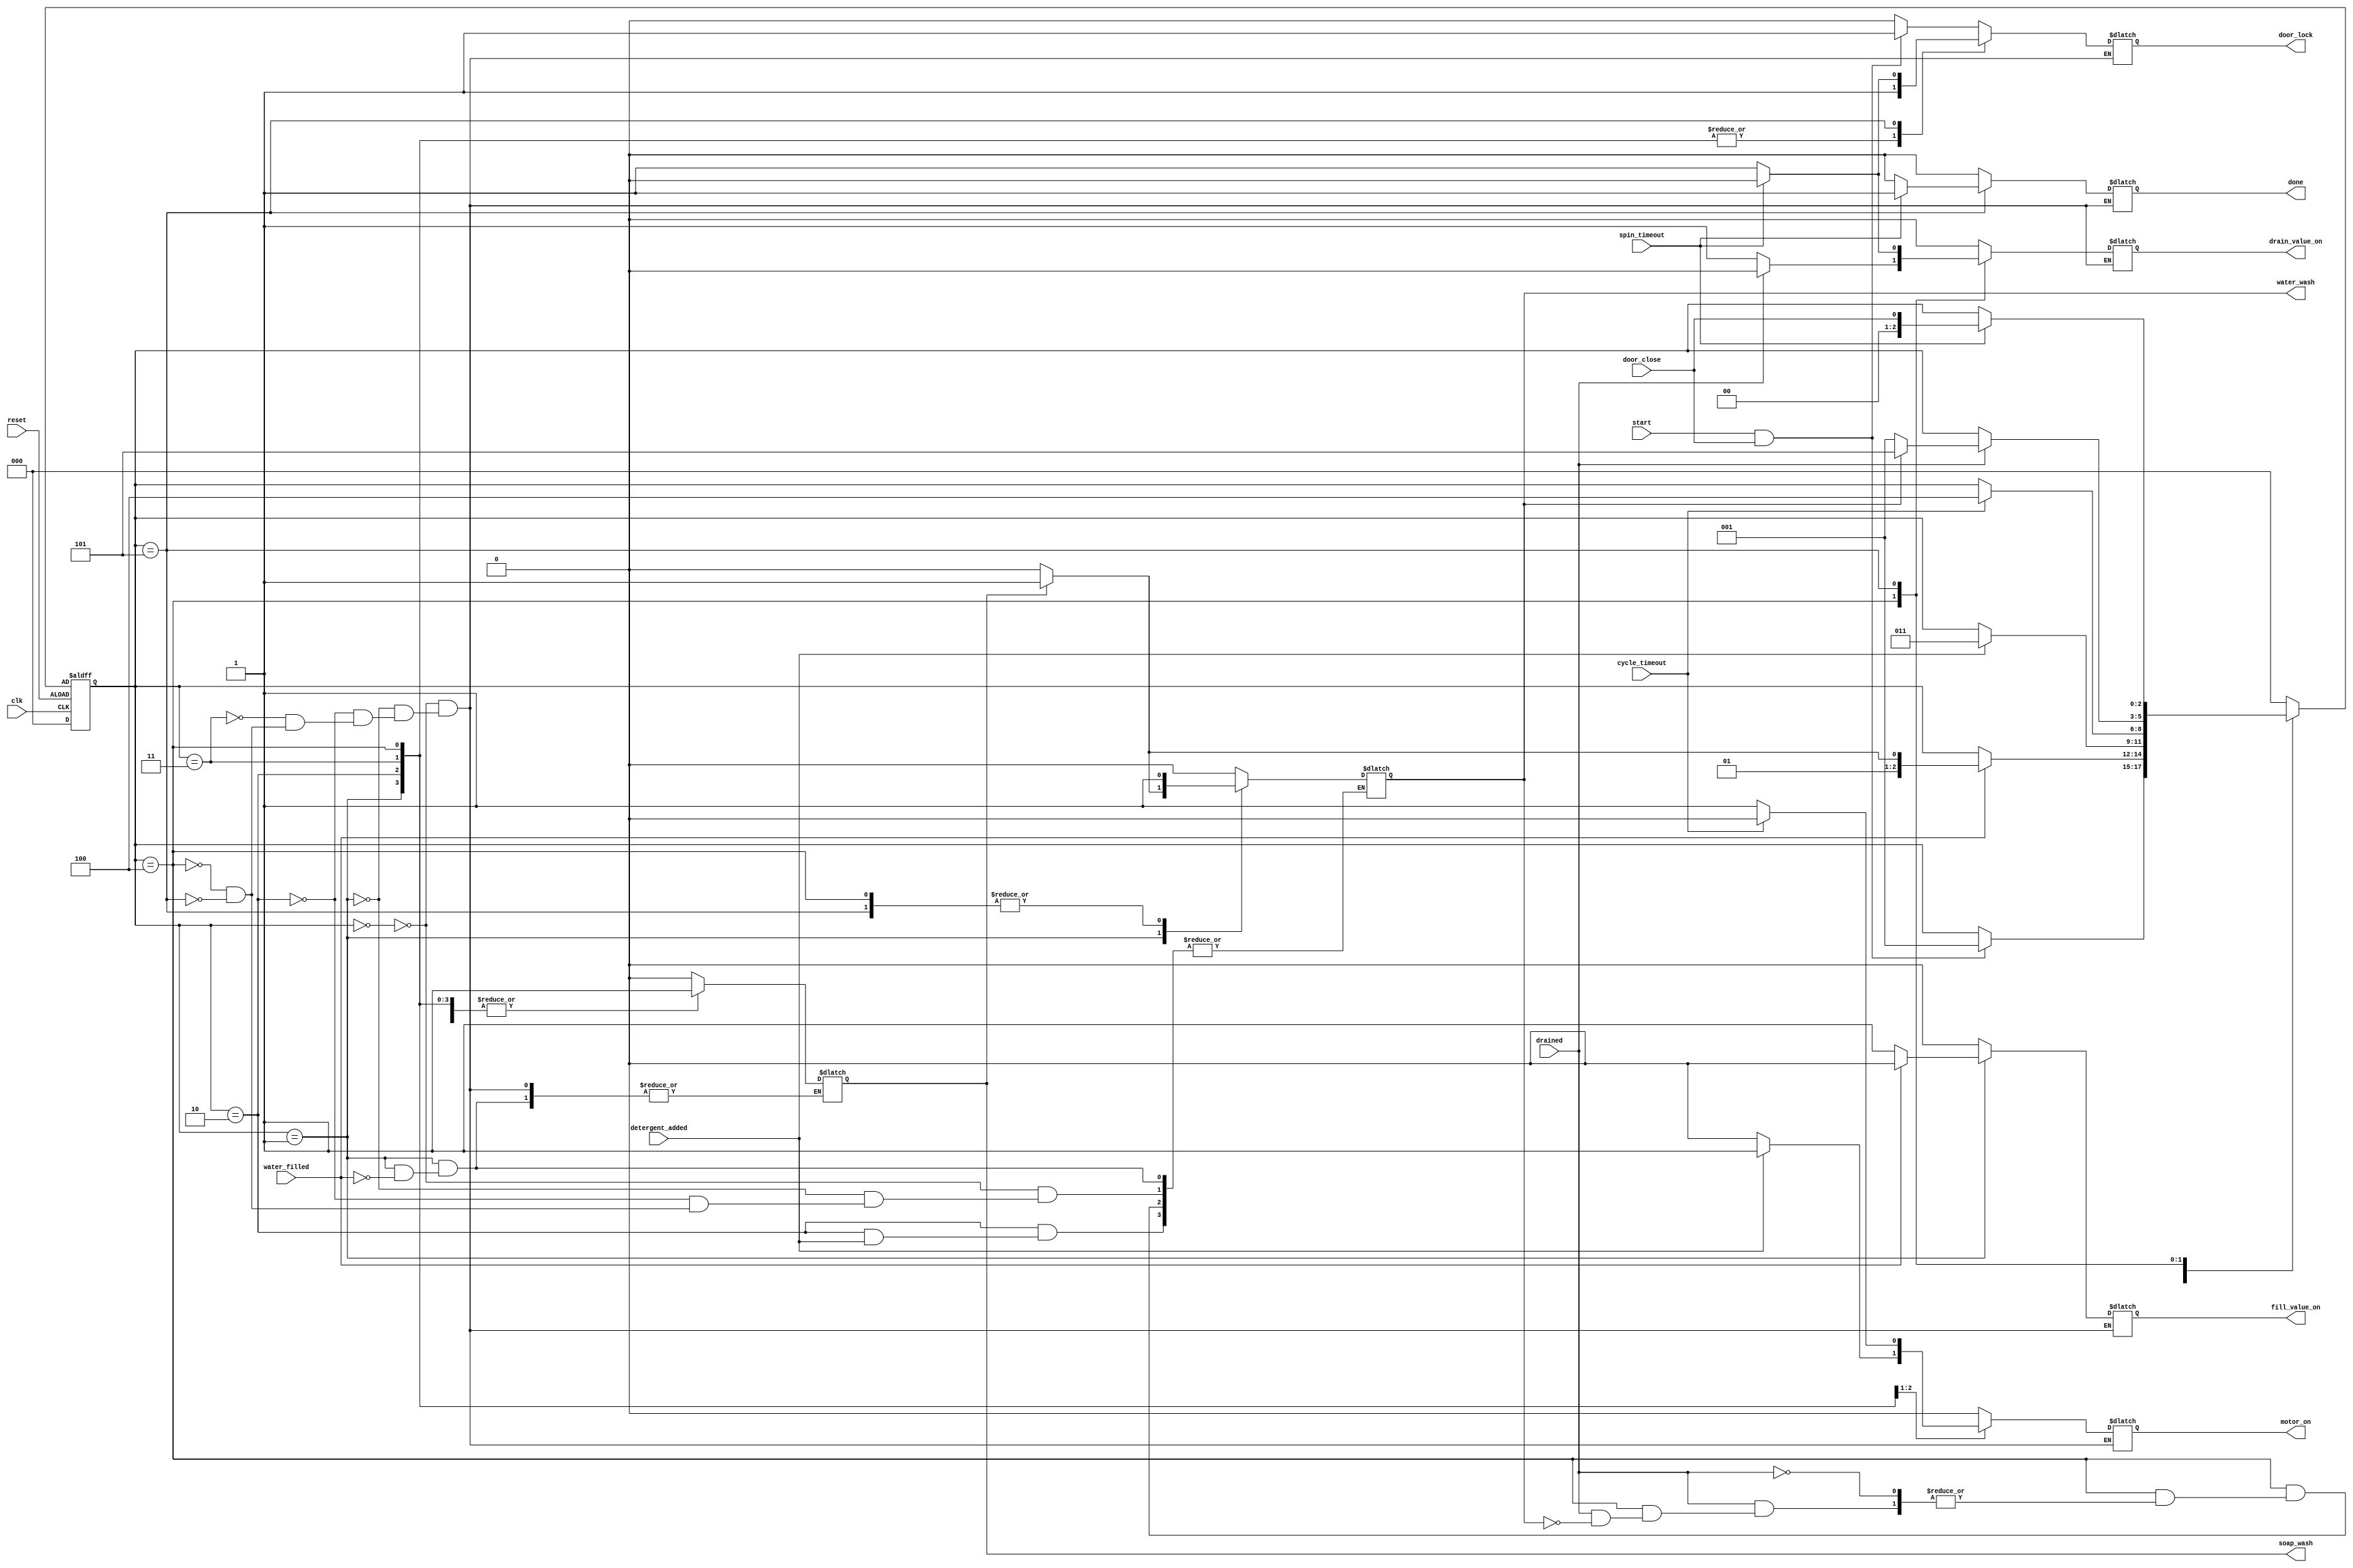
// Code your design here
// Code your design here
// Code your design here
module automatic_washing_machine(
  input reset,clk, door_close, start, water_filled, detergent_added, cycle_timeout, drained, spin_timeout, 
  output reg door_lock, fill_value_on, soap_wash,motor_on, drain_value_on, water_wash, done); 
	
	//defining the states
	parameter check_door = 3'b000;
	parameter fill_water = 3'b001;
	parameter add_detergent =3'b010;
	parameter cycle = 3'b011;
	parameter drain_water = 3'b100;
	parameter spin = 3'b101;
	
	reg[2:0] current_state, next_state;
	
  always@(current_state or start or door_close or water_filled or detergent_added or drained or cycle_timeout or spin_timeout)
	begin
	case(current_state)
		check_door:
          if(start==1 && door_close==1)//means door_lock and fill water
			begin
				next_state = fill_water;
				motor_on = 0;
				fill_value_on = 0;
				drain_value_on = 0;
				door_lock = 1;
				soap_wash = 0;
				water_wash = 0;
				done = 0;
			end
			else  //else remains in same state
			begin
				next_state = current_state;
				motor_on = 0;
				fill_value_on = 0;
				drain_value_on = 0;
				door_lock = 0;
				soap_wash = 0;
				water_wash = 0;
				done = 0;
			end
			
      
			fill_water:
              if (water_filled==1)//if water is filled next state either adding  detergent or cycle based on soap_wash
				begin
                  if(soap_wash == 0) //if clothes are not washed by detergent than next state be add detergent else water wash takes place
                    begin
					next_state = add_detergent;
					motor_on = 0;
					fill_value_on = 0;
					drain_value_on = 0;
					door_lock = 1;
					soap_wash = 1;
					water_wash = 0;
					done = 0;
				    end
			      else
				    begin
					next_state = cycle;
					motor_on = 0;
					fill_value_on = 0;
					drain_value_on = 0;
					door_lock = 1;
					soap_wash = 1;
					water_wash = 1;
					done = 0;
				    end
                end
			 else
			   begin
				next_state = current_state;
				motor_on = 0;
				fill_value_on = 1;
				drain_value_on = 0;
				door_lock = 1;
				done = 0;
			   end
      
      
			add_detergent:
              if(detergent_added==1) //after adding detergent next step be washing by cycle and moter will be on
			begin
				next_state = cycle;
				motor_on = 1;
				fill_value_on = 0;
				drain_value_on = 0;
				door_lock = 1;
				soap_wash = 1;
				done = 0;
			end
			else
			begin
				next_state = current_state;
				motor_on = 0;
				fill_value_on = 0;
				drain_value_on = 0;
				door_lock = 1;
				soap_wash = 1;
				water_wash = 0;
				done = 0;
			end
      
      
			cycle:
              if(cycle_timeout == 1)//if wash completed motor off and next state be drain water
			begin
				next_state = drain_water;
				motor_on = 0;
				fill_value_on = 0;
				drain_value_on = 0;
				door_lock = 1;
				soap_wash = 1;
				done = 0;
			end
			else
			begin
				next_state = current_state;
				motor_on = 1;
				fill_value_on = 0;
				drain_value_on = 0;
				door_lock = 1;
				soap_wash = 1;
				done = 0;
			end
      
      
			drain_water:
              if(drained==1) //next state will be either fill_water or spin 
			 begin
               if(water_wash==0) //if water wash not takes place fill water again
				begin
					next_state = fill_water;
					motor_on = 0;
					fill_value_on = 0;
					drain_value_on = 0;
					door_lock = 1;
					soap_wash = 1;
					done = 0;
				end
				else
				begin
				next_state = spin;
					motor_on = 0;
					fill_value_on = 0;
					drain_value_on = 0;
					door_lock = 1;
					soap_wash = 1;
					water_wash = 1;
					done = 0;
				end
			end
			else
			begin
				next_state = current_state;
				motor_on = 0;
				fill_value_on = 0;
				drain_value_on = 1;
				door_lock = 1;
				soap_wash = 1;
				done = 0;
			end
      
      
			spin:
              if(spin_timeout==1) //if spine is completed means cloths are washed 
			begin
				next_state = door_close;
				motor_on = 0;
				fill_value_on = 0;
				drain_value_on = 0;
				door_lock = 0;
				soap_wash = 1;
				water_wash = 1;
				done = 1;
			end
			else
			begin
				next_state = current_state;
				motor_on = 0;
				fill_value_on = 0;
				drain_value_on = 1;
				door_lock = 1;
				soap_wash = 1;
				water_wash = 1;
				done = 0;
			end
      
      
			default:
				next_state = check_door;
				
			endcase
	end
	
	always@(posedge clk or negedge reset)
	begin
		if(reset)
		begin
			current_state<=3'b000;
		end
		else
		begin
			current_state<=next_state;
		end
	end
	
endmodule